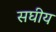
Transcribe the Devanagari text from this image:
सघीय